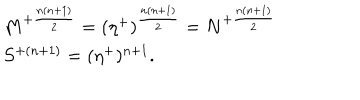
\begin{array} { l c r } { { M ^ { + { \frac { n ( n + 1 ) } { 2 } } } = ( \eta ^ { + } ) ^ { { \frac { n ( n + 1 ) } { 2 } } } = N ^ { + { \frac { n ( n + 1 ) } { 2 } } } } } \\ { { S ^ { + ( n + 1 ) } = ( \eta ^ { + } ) ^ { n + 1 } . } } \\ \end{array}